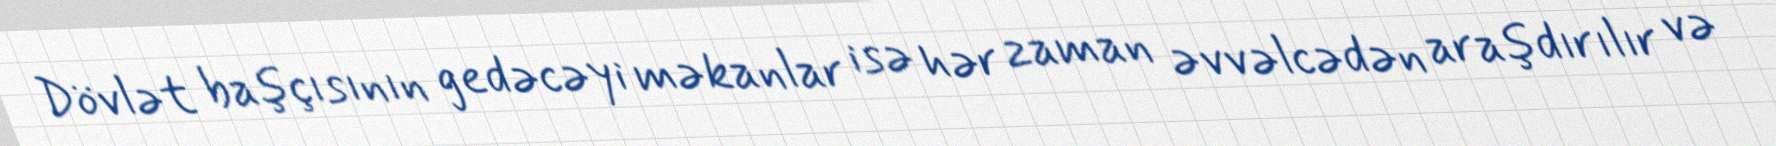
Dövlət başçısının gedəcəyi məkanlar isə hər zaman əvvəlcədən araşdırılır və